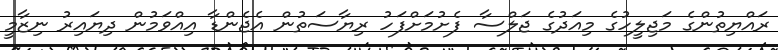
ރައްޔިތުންގެ މަޖިލީހުގެ މިއަދުގެ ޖަލްސާ ފެށުމަށްފަހު ރިޔާސަތުން އެޖެންޑާ އިއްވަމުން ދިޔައިރު ނިޒާމީ